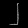
Digit: ၂